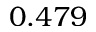
0 . 4 7 9